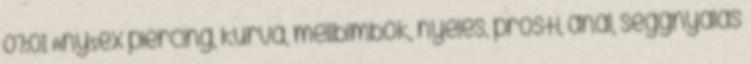
07:01 AnySex piercing, kurva, mellbimbók, nyelés, prosti, anal, seggnyalás